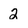
Character: 2